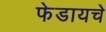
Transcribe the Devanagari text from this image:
फेडायचे